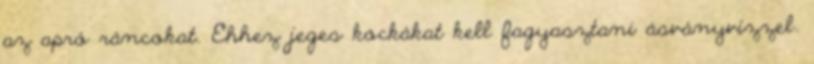
az apró ráncokat. Ehhez jeges kockákat kell fagyasztani ásványvízzel.